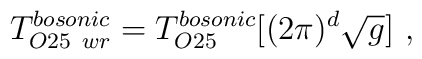
T_{O25~ wr}^{bosonic}=T_{O25}^{bosonic} [(2 \pi)^d \sqrt{g}]\ ,